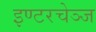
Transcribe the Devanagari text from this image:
इण्टरचेञ्ज